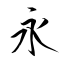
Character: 永